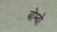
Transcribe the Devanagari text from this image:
बोम्बो